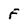
Character: F